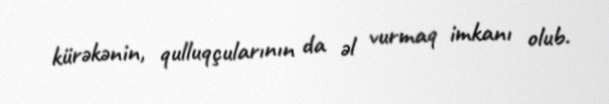
kürəkənin, qulluqçularının da əl vurmaq imkanı olub.